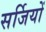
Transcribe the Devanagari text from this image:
सर्जियों